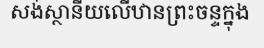
សង់ស្ថានីយលើឋានព្រះចន្ទក្នុង